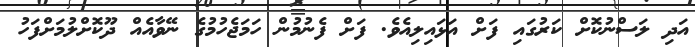
އަދި ލަސްނުކޮށް ކަރުގައި ފަށް އަޅައިލިއެވެ. ފަށް ފެނުމުން ހަމަޖެހުމުގެ ނޭވާއެއް ދޫކޮށްލުމަށްފަހު